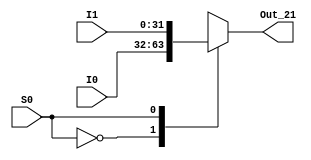
`timescale 1ns / 1ps
//////////////////////////////////////////////////////////////////////////////////
// Company: 
// Engineer: 
// 
// Design Name: 
// Module Name: Mux21
// Project Name: 
// Target Devices: 
// Tool Versions: 
// Description: 
// 
// Dependencies: 
// 
// Revision:
// Revision 0.01 - File Created
// Additional Comments:
// 
//////////////////////////////////////////////////////////////////////////////////


module Mux21(
    input [31:0] I0,
    input [31:0] I1,
    input S0,
    output reg [31:0] Out_21
    );
    
    always @(S0 or I0 or I1 )
          begin
            case(S0)
            1'b0:
            Out_21=I0;
            1'b1:
            Out_21=I1;
            endcase 
          end
endmodule